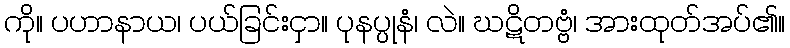
ကို။ ပဟာနာယ၊ ပယ်ခြင်းငှာ။ ပုနပ္ပုနံ၊ လဲ။ ဃဋိတဗ္ဗံ၊ အားထုတ်အပ်၏။